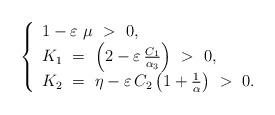
LaTeX: \begin{align*}\left\{ \begin{array}{l} 1 - \varepsilon \ \mu \ > \ 0,\\K _1 \ = \ \left(2 - \varepsilon \, \frac{C_1}{\alpha_3}\right) \ > \ 0, \\K_2 \ = \ \eta - \varepsilon \, C_{2}\left(1 + \frac 1 \alpha \right) \ > \ 0.\end{array}\right. \end{align*}